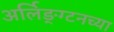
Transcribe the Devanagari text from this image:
अर्लिङ्ग्टनच्या